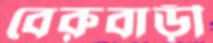
বেরুবাড়ী